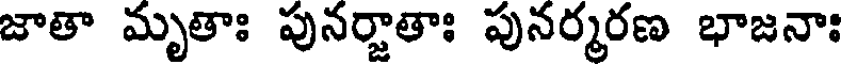
జాతా మృతాః పునర్జాతాః పునర్మరణ భాజనాః